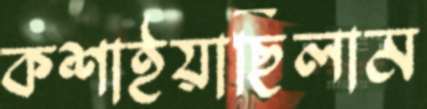
কশাইয়াছিলাম